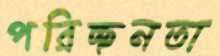
পরিচ্ছনতা